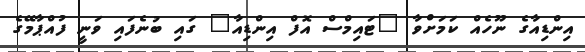
އިންޑިއާގެ ނޫހެއް ކަމަށްވާ "ޓައިމްސް އޮފް އިންޑިއާ" ގައި ބުނެފައި ވަނީ ފުއްޕާމޭގެ